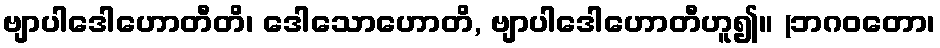
ဗျာပါဒေါဟောတီတိ၊ ဒေါသောဟောတိ, ဗျာပါဒေါဟောတီဟူ၍။ (ဘဂဝတော၊